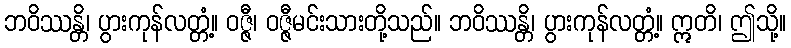
ဘဝိဿန္တိ၊ ပွားကုန်လတ္တံ့။ ဝဇ္ဇီ၊ ဝဇ္ဇီမင်းသားတို့သည်။ ဘဝိဿန္တိ၊ ပွားကုန်လတ္တံ့။ ဣတိ၊ ဤသို့။